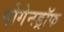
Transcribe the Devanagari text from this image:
पोगेनड्रॉफ